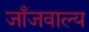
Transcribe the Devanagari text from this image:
जाँजवाल्य